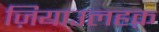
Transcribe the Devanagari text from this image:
ज़ियाउलहक़